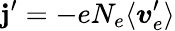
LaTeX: {\mathbf j^{\prime}=-eN_{e}\langle\boldsymbol v_{e}^{\prime}\rangle}